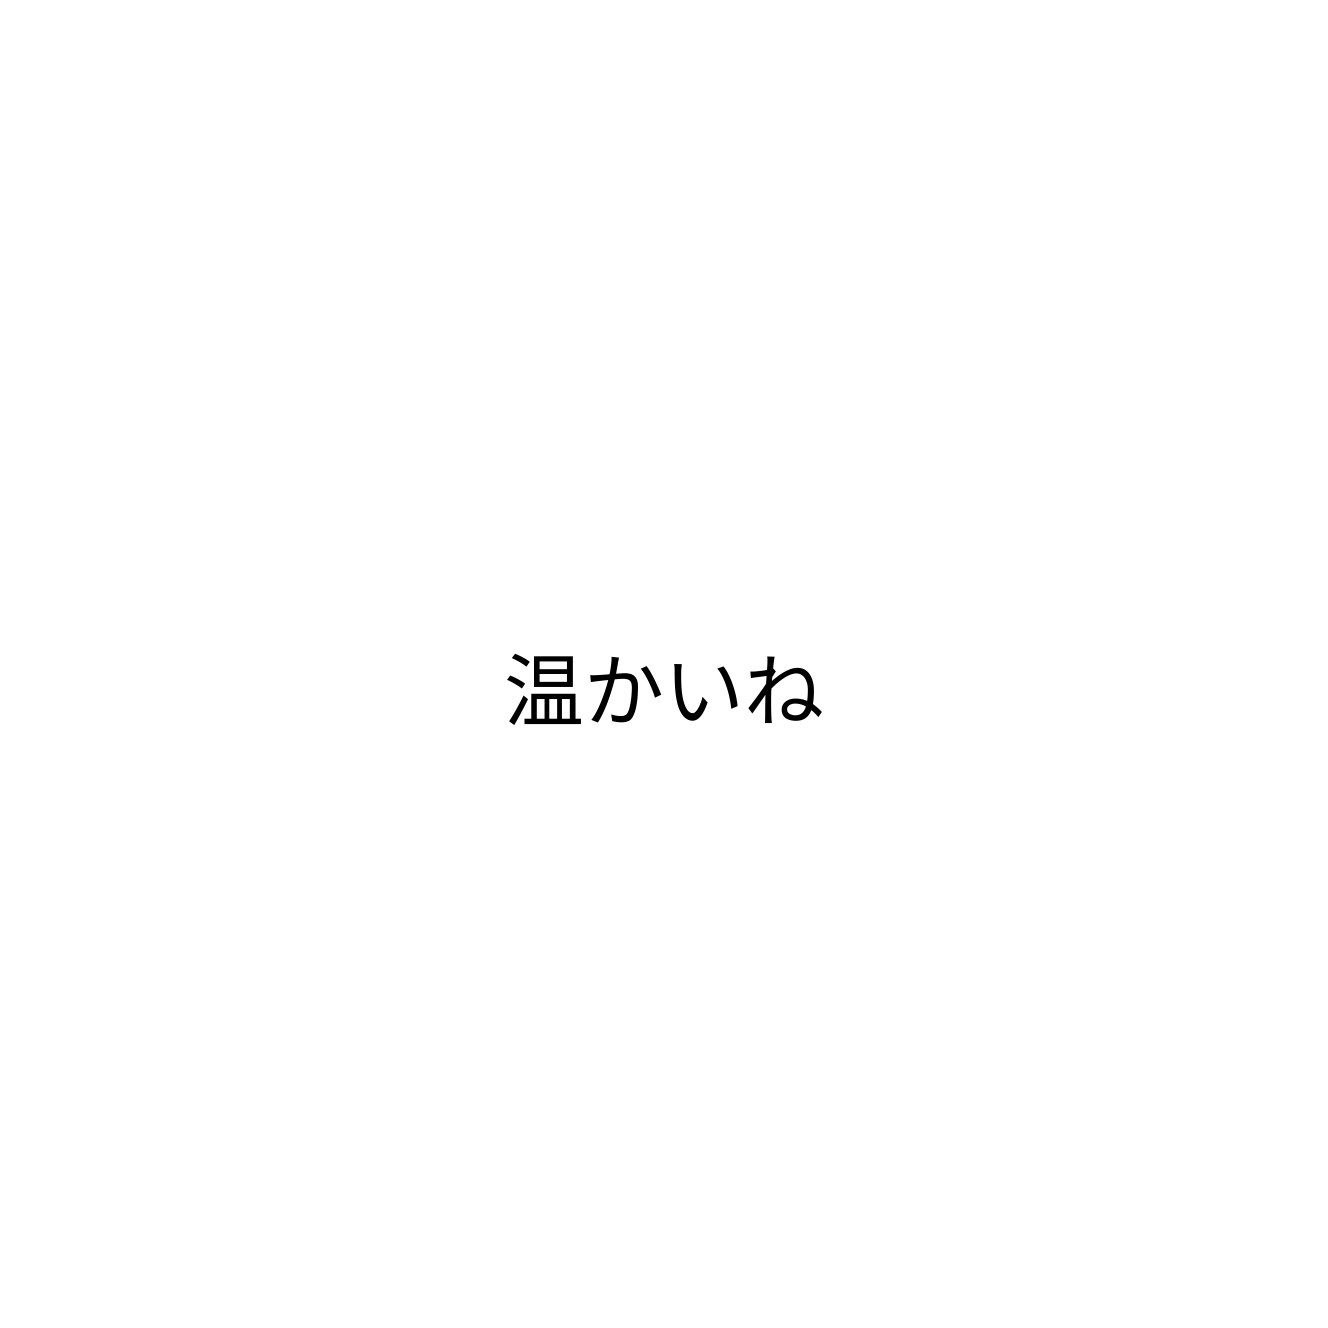
温かいね